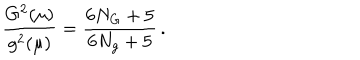
\frac { G ^ { 2 } ( \mu ) } { g ^ { 2 } ( \mu ) } = \frac { 6 N _ { G } + 5 } { 6 N _ { g } + 5 } \, .